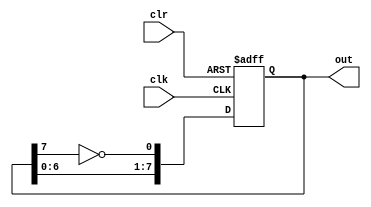
module johnson(
	input wire clk,
	input wire clr,
	output reg [n-1:0] out);
parameter n = 8;

initial out = 0;
genvar i;

always @(posedge clk, posedge clr)
begin
	if (clr == 1) begin
		out <= 0;
	end else begin
		out[0] <= ~out[n-1];
		out[n-1:1] <= out[n-2:0];
	end
end

endmodule